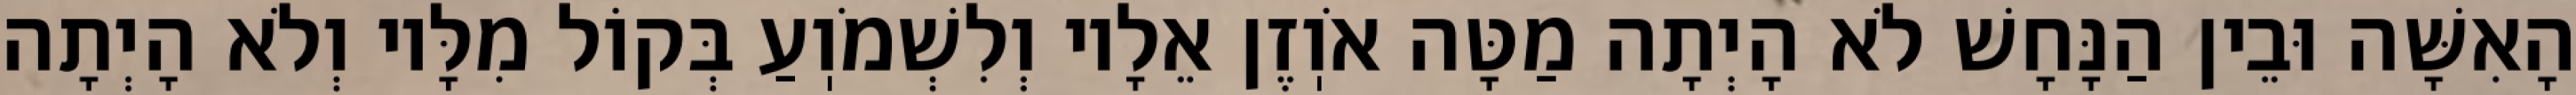
הָאִשָּׁה וּבֵין הַנָּחָשׁ לֹא הָיְתָה מַטָּה אֹוֽזֶן אֵלָיו וְלִשְׁמֹוֽעַ בְּקוֹל מִלָּיו וְלֹא הָיְתָה